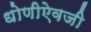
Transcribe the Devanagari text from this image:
धोणीऐवजी